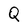
Character: Q